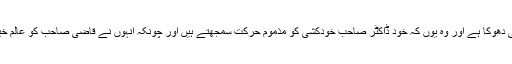
یہ ایک نفسیاتی دھوکا ہے اور وہ یوں کہ خود ڈاکٹر صاحب خودکشی کو مذموم حرکت سمجھتے ہیں اور چونکہ انہوں نے قاضی صاحب کو عالم خیال میں دیکھا۔